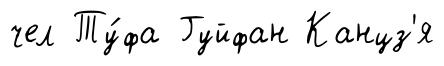
чел Ту́фа Гуйфан Канцз'я